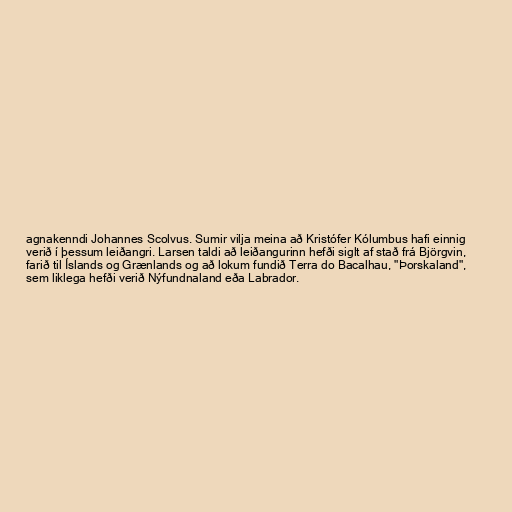
agnakenndi Johannes Scolvus. Sumir vilja meina að Kristófer Kólumbus hafi einnig
verið í þessum leiðangri. Larsen taldi að leiðangurinn hefði siglt af stað frá Björgvin,
farið til Íslands og Grænlands og að lokum fundið Terra do Bacalhau, "Þorskaland",
sem liklega hefði verið Nýfundnaland eða Labrador.